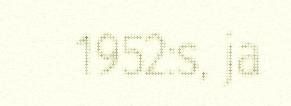
1952:s, ja